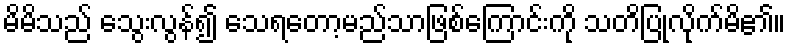
မိမိသည် သွေးလွန်၍ သေရတော့မည်သာဖြစ်ကြောင်းကို သတိပြုလိုက်မိ၏။